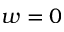
w = 0